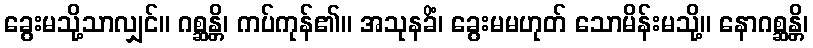
ခွေးမသို့သာလျှင်။ ဂစ္ဆန္တိ၊ ကပ်ကုန်၏။ အသုနခိံ၊ ခွေးမမဟုတ် သောမိန်းမသို့။ နောဂစ္ဆန္တိ၊